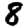
Digit: 8